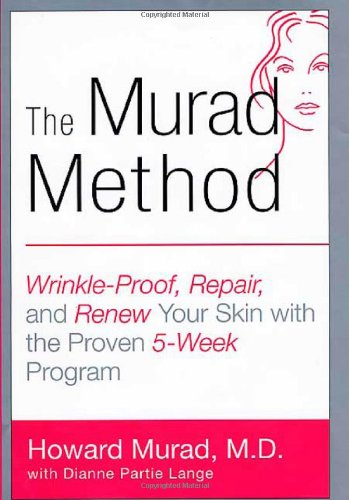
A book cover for The Murad Method: Wrinkle-Proof, Repair, and Renew Your Skin with the Proven 5-Week Program; Howard Murad; Health, Fitness & Dieting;